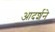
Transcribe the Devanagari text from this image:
आदर्शने